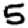
Digit: 5